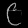
Digit: ၉